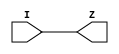
`celldefine
module BUFFD1BWP7D5T16P96CPDLVT (I, Z);
    input I;
    output Z;
    buf (Z, I);

  specify
    (I => Z) = (0, 0);
  endspecify
endmodule
`endcelldefine